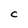
Character: C